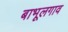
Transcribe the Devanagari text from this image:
बाभूलगाव